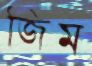
জিম